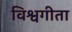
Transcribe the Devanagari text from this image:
विश्वगीता